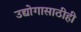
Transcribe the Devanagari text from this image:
उद्योगासाठीही